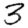
Digit: 3